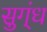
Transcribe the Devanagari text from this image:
सुग्ंध